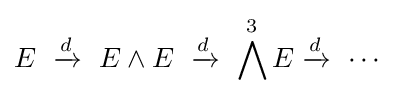
E\ \xrightarrow {d} \ E\wedge E\ \xrightarrow {d} \ \bigwedge ^{3}E\xrightarrow {d} \ \cdots